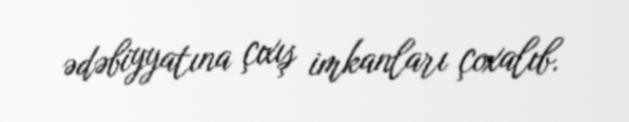
ədəbiyyatına çıxış imkanları çoxalıb.